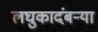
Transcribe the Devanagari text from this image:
लघुकादंबर्‍या